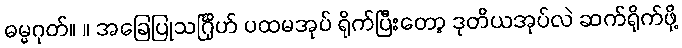
ဓမ္မဂုတ်။ ။ အခြေပြုသင်္ဂြိုဟ် ပထမအုပ် ရိုက်ပြီးတော့ ဒုတိယအုပ်လဲ ဆက်ရိုက်ဖို့